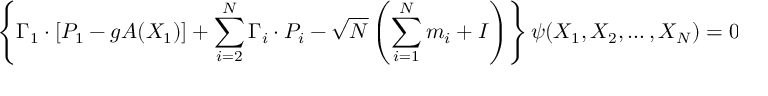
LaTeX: \left\{ \Gamma _ { 1 } \cdot \left[ P _ { 1 } - g A ( X _ { 1 } ) \right] + \sum _ { i = 2 } ^ { N } \Gamma _ { i } \cdot P _ { i } - \sqrt { N } \left( \sum _ { i = 1 } ^ { N } m _ { i } + I \right) \right\} \psi ( X _ { 1 } , X _ { 2 } , \ldots , X _ { N } ) = 0 \; ,